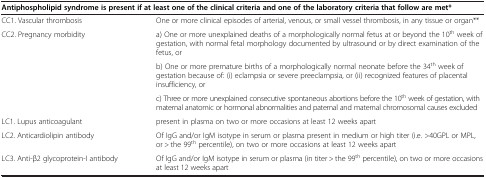
<table><thead><tr><td colspan="2"><b>Antiphospholipid syndrome is present if at least one of the clinical criteria and one of the laboratory criteria that follow are met*</b></td></tr></thead><tbody><tr><td>CC1. Vascular thrombosis</td><td>One or more clinical episodes of arterial, venous, or small vessel thrombosis, in any tissue or organ**</td></tr><tr><td rowspan="3">CC2. Pregnancy morbidity</td><td>a) One or more unexplained deaths of a morphologically normal fetus at or beyond the 10<sup>th</sup> week of gestation, with normal fetal morphology documented by ultrasound or by direct examination of the fetus, or</td></tr><tr><td>b) One or more premature births of a morphologically normal neonate before the 34<sup>th</sup> week of gestation because of: (i) eclampsia or severe preeclampsia, or (ii) recognized features of placental insufficiency, or</td></tr><tr><td>c) Three or more unexplained consecutive spontaneous abortions before the 10<sup>th</sup> week of gestation, with maternal anatomic or hormonal abnormalities and paternal and maternal chromosomal causes excluded</td></tr><tr><td>LC1. Lupus anticoagulant</td><td>present in plasma on two or more occasions at least 12 weeks apart</td></tr><tr><td>LC2. Anticardiolipin antibody</td><td>Of IgG and/or IgM isotype in serum or plasma present in medium or high titer (i.e. &gt;40GPL or MPL, or &gt; the 99<sup>th</sup> percentile), on two or more occasions at least 12 weeks apart</td></tr><tr><td>LC3. Anti-β2 glycoprotein-I antibody</td><td>Of IgG and/or IgM isotype in serum or plasma (in titer &gt; the 99<sup>th</sup> percentile), on two or more occasions at least 12 weeks apart</td></tr></tbody></table>